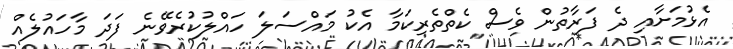
އެޅުމަށާއި ދެ ފަރާތުން ވެސް ކެތްތެރިކަމާ އެކު މައްސަލަ ހައްލުކުރެވޭނެ ފަދަ މާހައުލެއް